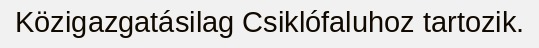
Közigazgatásilag Csiklófaluhoz tartozik.